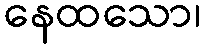
နေထသော၊